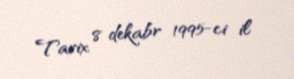
Tarix 8 dekabr 1995-ci il